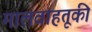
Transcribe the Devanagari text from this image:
मालवाहतूकी